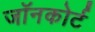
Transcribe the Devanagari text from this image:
जॉनकोर्ट